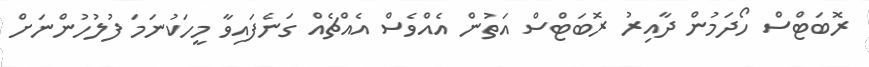
ރޮބަޓްސް ހޯދަމުން ދާއިރު ރޮބަޓްސް އަތުން އެއްވެސް އެއްޗެއް ގަނެފައިވާ މީހަކުނަމަ ފުލުހުންނަށް